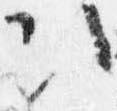
次